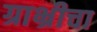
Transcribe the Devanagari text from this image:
ग्राभ्रीचा